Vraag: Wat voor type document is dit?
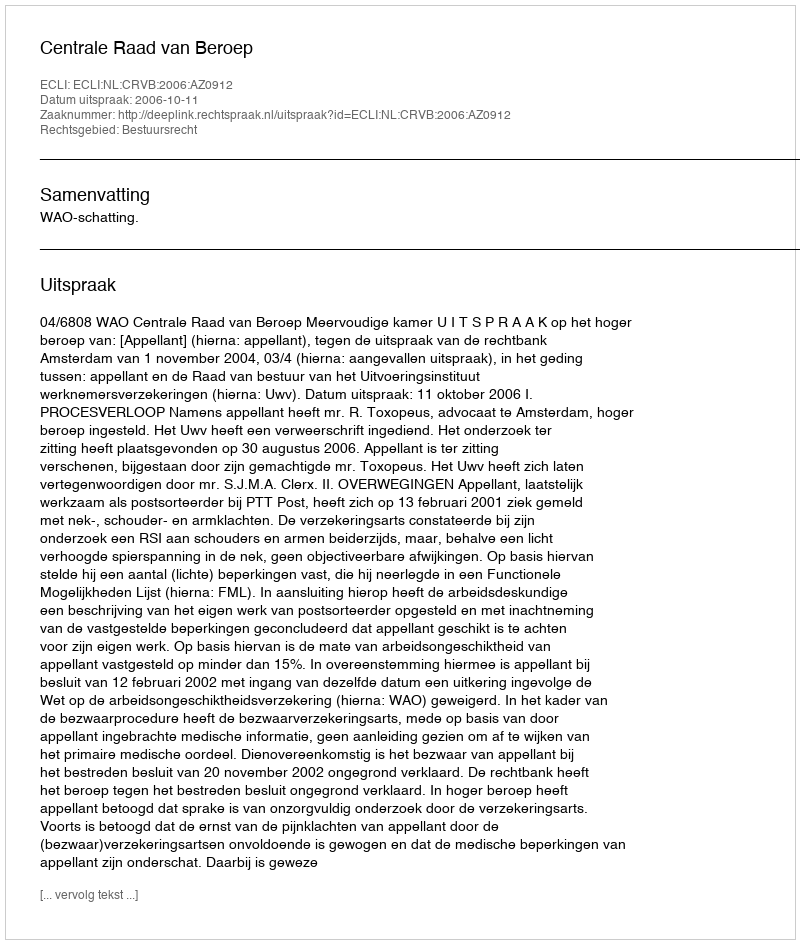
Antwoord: Uitspraak